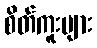
စိတ်ကူးများ